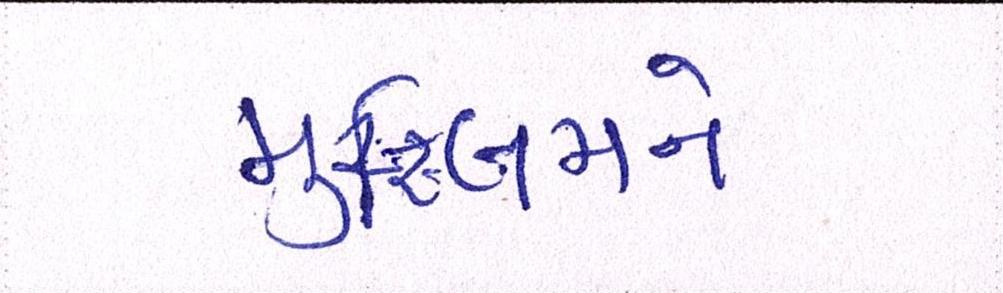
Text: મુસ્લિમને